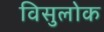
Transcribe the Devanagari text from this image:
विसुलोक